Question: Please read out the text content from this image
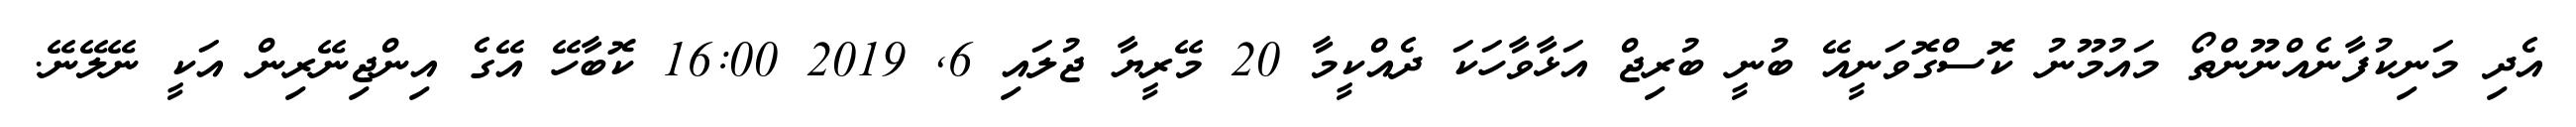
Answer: އެދި މަނިކުފާނެއްނޫންތޯ މައުމޫނު ކޮސްގޮވަނީއޭ ބުނީ ބުރިޖް އަޅާވާހަކަ ދެއްކީމާ 20 މޭރީޔާ ޖުލައި 6, 2019 16:00 ކޮބާހޭ އޭގެ އިންޖިނޭރިން އަކީ ނޭލޭނޭ.